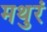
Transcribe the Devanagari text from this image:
मथुरं